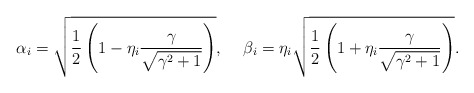
\begin{align*}\alpha_{i} = \sqrt{\frac{1}{2} \left( 1-\eta_{i} \frac{\gamma}{\sqrt{\gamma^{2}+1}} \right)}, \hspace{0.5cm}\beta_{i} = \eta_{i} \sqrt{\frac{1}{2} \left( 1+\eta_{i} \frac{\gamma}{\sqrt{\gamma^{2}+1}} \right)}.\end{align*}